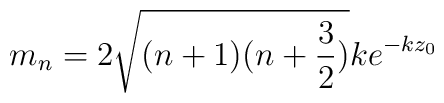
m_n = 2\sqrt{(n+1)(n+\frac{3}{2})}ke^{-kz_0}